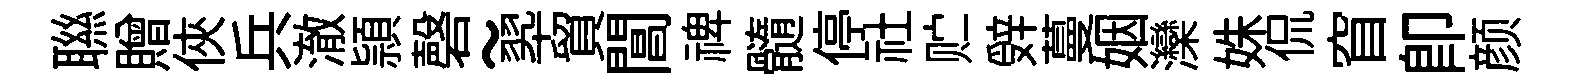
聮贈俠兵澈頴磬~翆貿閶禆髓停社贮辤蔓姻灤姝侃窅卽颜